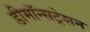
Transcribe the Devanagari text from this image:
डीमॉन्सट्रेशन